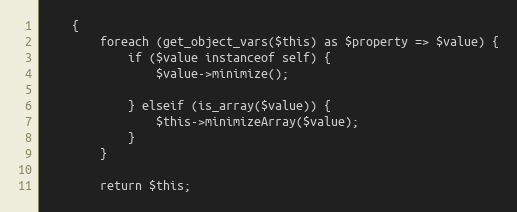
Language: PHP
    {
        foreach (get_object_vars($this) as $property => $value) {
            if ($value instanceof self) {
                $value->minimize();

            } elseif (is_array($value)) {
                $this->minimizeArray($value);
            }
        }

        return $this;